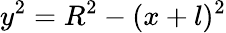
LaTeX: y^{2}=R^{2}-(x+l)^{2}